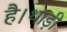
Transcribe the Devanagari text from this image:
है।थाड़ी